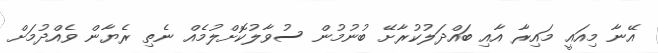
އޭނާ މިއައީ މައިރާ އާއި ބައްދަލުކުރާށޭ ބުނުމުން ސުވާލުކޮށްލުމެއް ނެތި ރެޔާން ވެއްދުމަށް